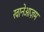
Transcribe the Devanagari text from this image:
खानेआज़म